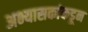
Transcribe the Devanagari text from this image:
अभ्यासकांकडून